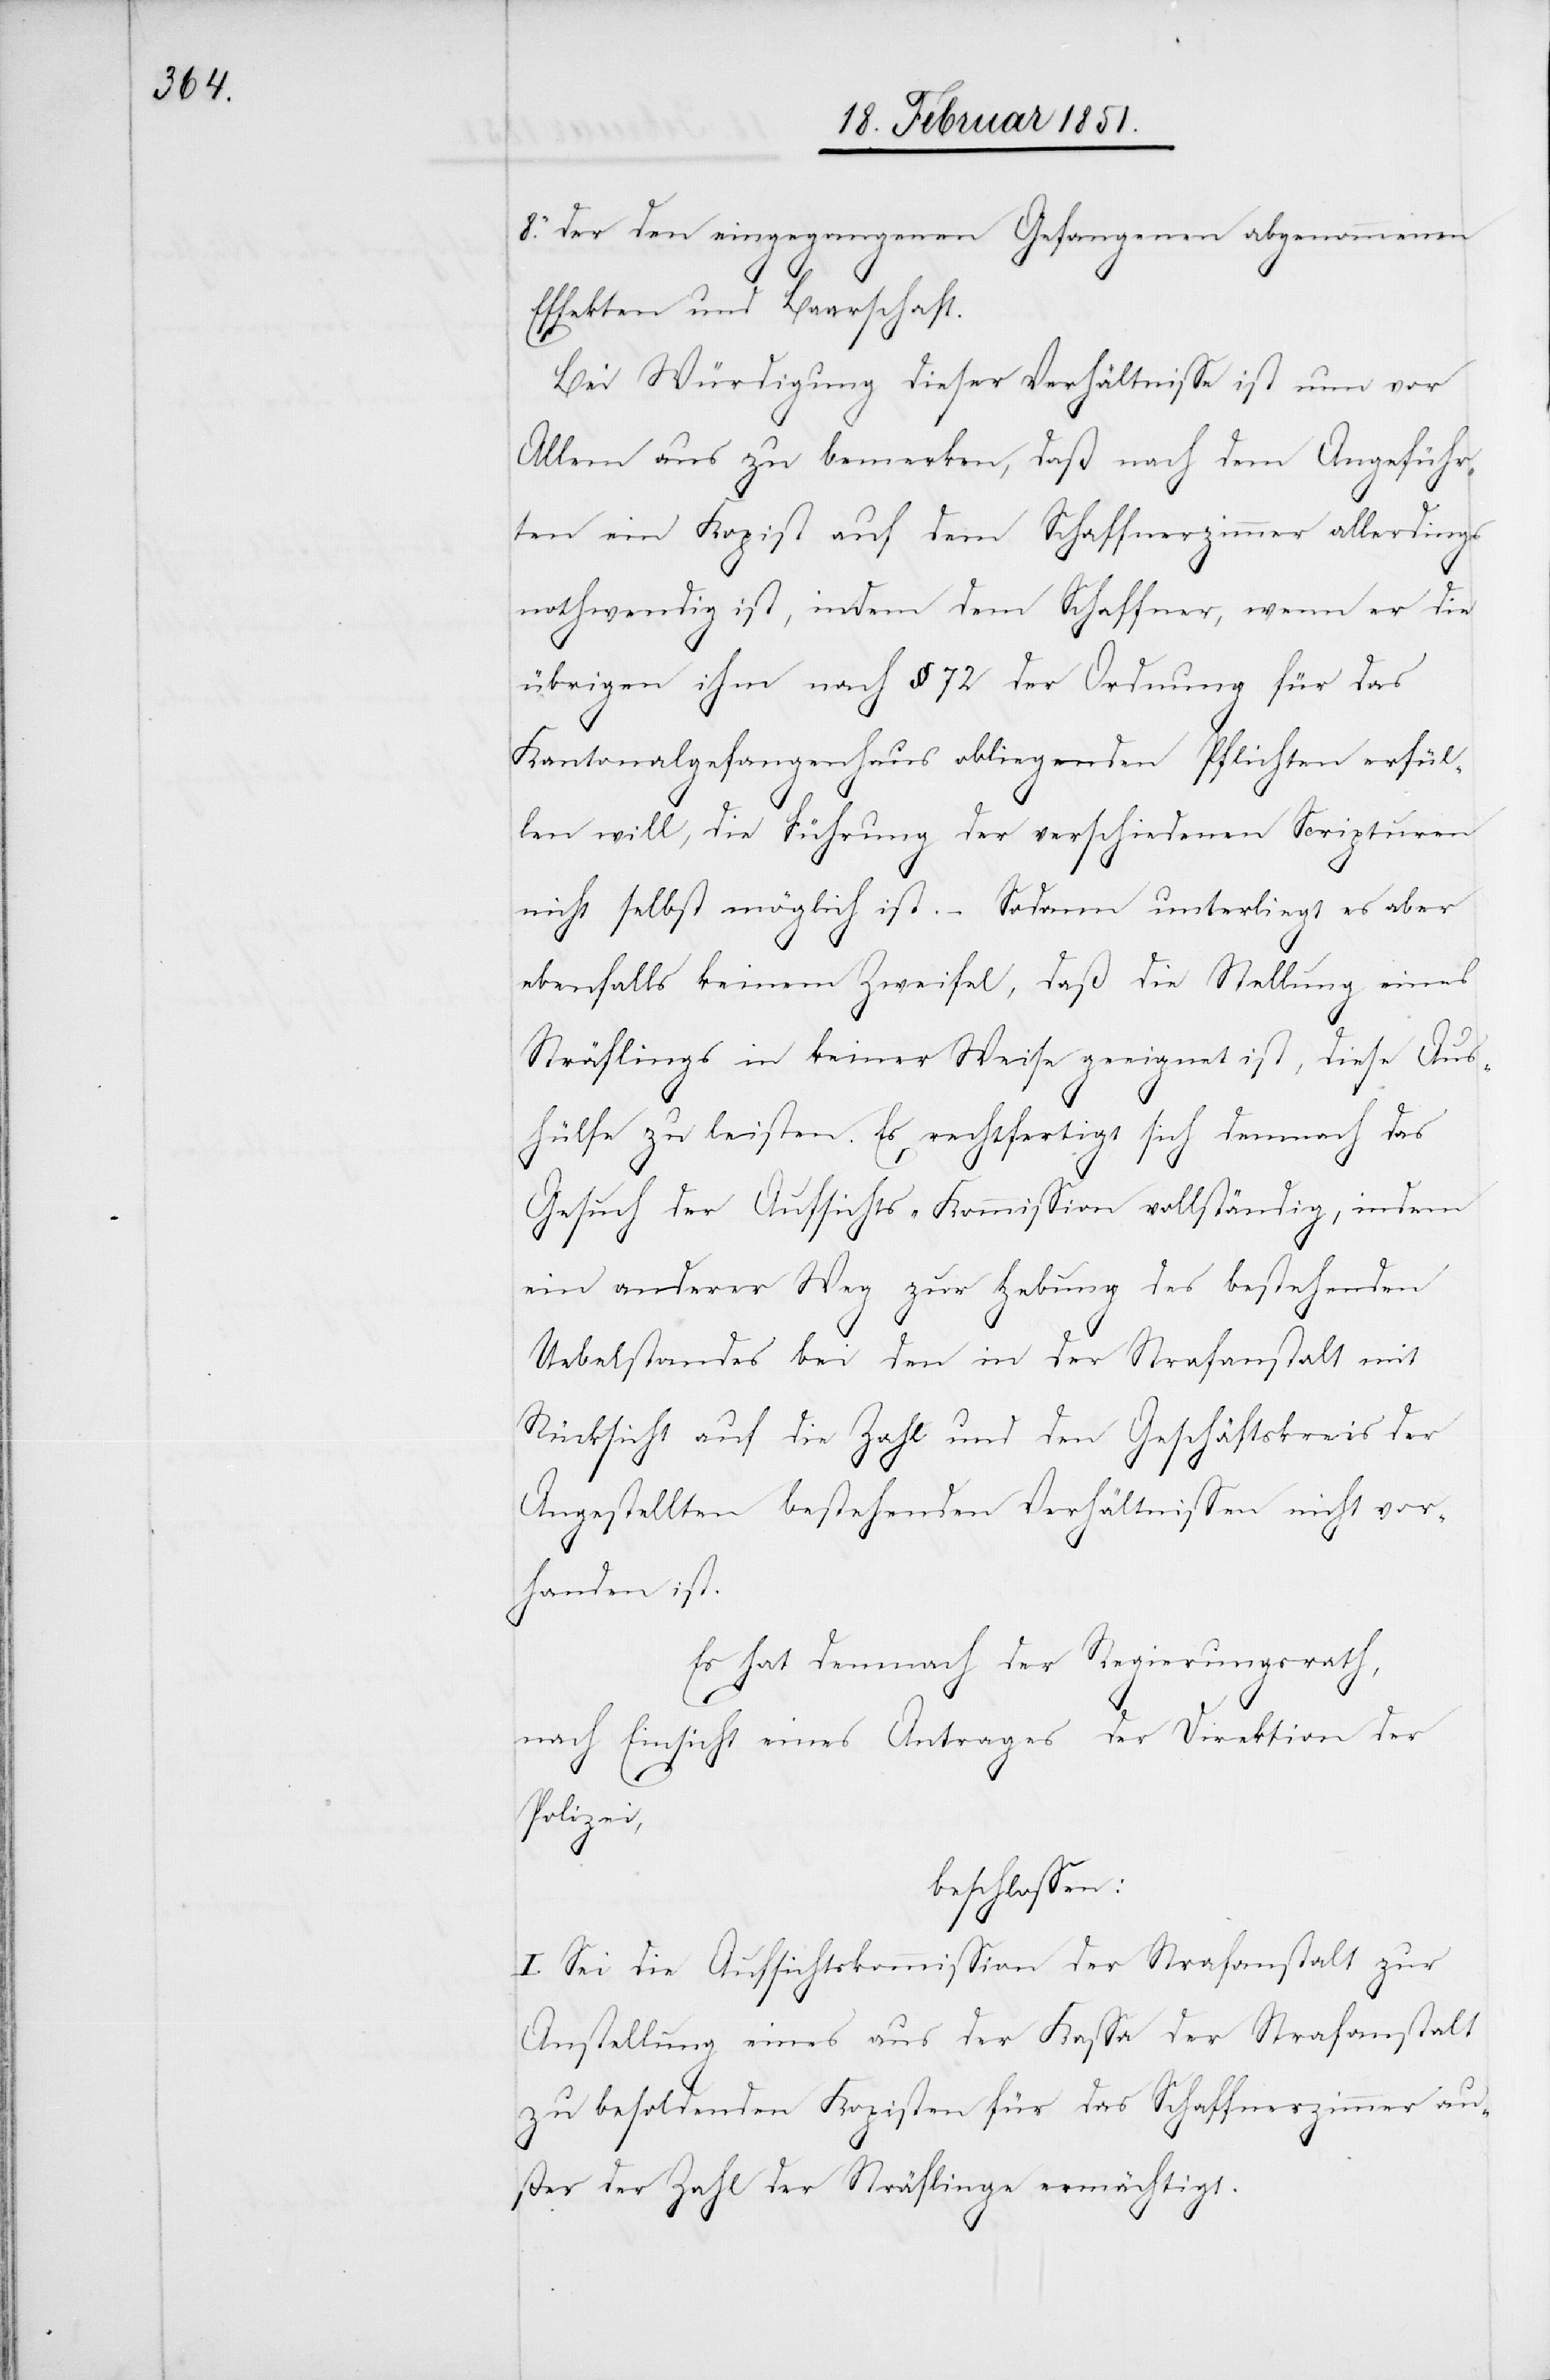
der den eingegangenen Gefangenen abgenommenen
Effekten und Baarschaft.
Bei Würdigung dieser Verhältnisse ist nun vor
Allem aus zu bemerken, daß nach dem Angeführ¬
ten ein Kopist auf dem Schaffnerzimmer allerdings
nothwendig ist, indem dem Schaffner, wenn er die
übrigen ihm nach § 72 der Ordnung für das
Kantonalgefangenhaus obliegenden Pflichten erfül¬
len will, die Führung der verschiedenen Scripturen
nicht selbst möglich ist. – Sodann unterliegt es aber
ebenfalls keinem Zweifel, daß die Stellung eines
Sträflings in keiner Weise geeignet ist, diese Aus¬
8.
hülfe zu leisten. Es rechtfertigt sich demnach das
Gesuch der Aufsichts-Kommission vollständig, indem
ein anderer Weg zur Hebung des bestehenden
Uebelstandes bei den in der Strafanstalt mit
Rücksicht auf die Zahl und den Geschäftskreis der
Angestellten bestehenden Verhältnissen nicht vor¬
handen ist.
Es hat demnach der Regierungsrath,
nach Einsicht eines Antrages der Direktion der
Polizei,
beschlossen:
I. Sei die Aufsichtskommission der Strafanstalt zur
Anstellung eines aus der Kassa der Strafanstalt
zu besoldenden Kopisten für das Schaffnerzimmer au¬
ßer der Zahl der Sträflinge ermächtigt.